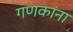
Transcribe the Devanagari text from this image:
गणकांना